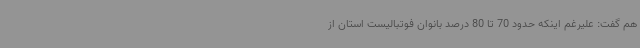
هم گفت: علیرغم اینکه حدود 70 تا 80 درصد بانوان فوتبالیست استان از